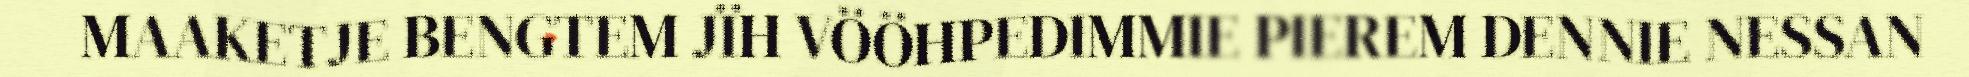
MAAKETJE BENGTEM JÏH VÖÖHPEDIMMIE PIEREM DENNIE NESSAN